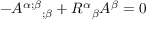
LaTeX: - { A ^ { \alpha ; \beta } } _ { ; \beta } + { R ^ { \alpha } } _ { \beta } A ^ { \beta } = 0